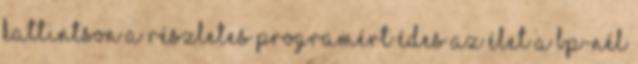
Kattintson a részletes programért Édes az élet a BP-nél